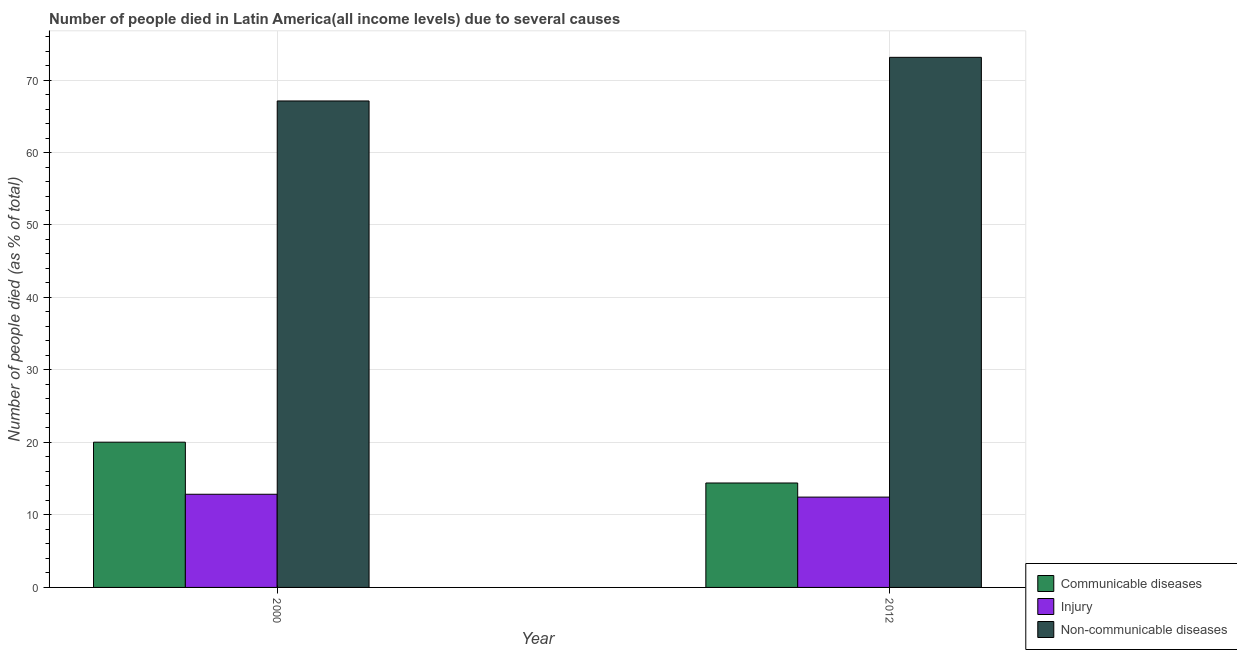
| Year | Communicable diseases | Injury | Non-communicable diseases |
 | --- | --- | --- | --- |
 | 2000 | 20 | 12.9 | 67.1 |
 | 2012 | 14.4 | 12.5 | 73.1 |